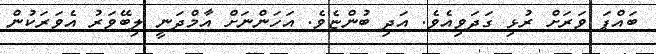
ބައްޕަ ވަރަށް ރުޅި ގަދަވިއެވެ. އަދި ބުންޏެވެ. އަހަންނަށް އާމްދަނީ ލިބޭވަރު އެވަރަކުން